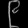
Digit: ၉